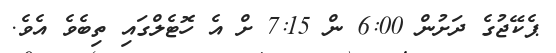
ޕެކޭޖުގެ ދަށުން 6:00 ން 7:15 ށް އެ ހޮޓެލްގައި ތިބެވެ އެވެ.